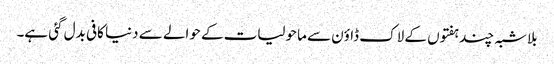
بلاشبہ چند ہفتوں کے لاک ڈاؤن سے ماحولیات کے حوالے سے دنیا کافی بدل گئی ہے۔